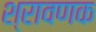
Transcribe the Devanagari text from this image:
श्रावणक